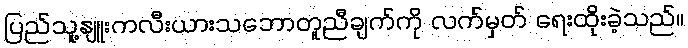
ပြည်သူ့နျူးကလီးယားသဘောတူညီချက်ကို လက်မှတ် ရေးထိုးခဲ့သည်။